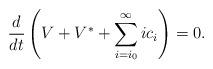
LaTeX: \begin{align*}\frac{d}{dt}\left(V+ V^* + \sum_{i=i_0}^{\infty} i c_i \right)=0.\end{align*}